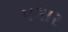
૫ગા૨